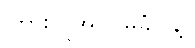
ကြားလူအဝင်မခံပါနဲ့။